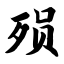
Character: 殒